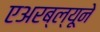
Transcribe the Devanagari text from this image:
एअरब्ल्यूने